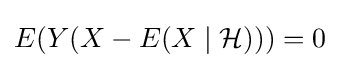
E(Y(X-E(X\mid {\mathcal {H}})))=0